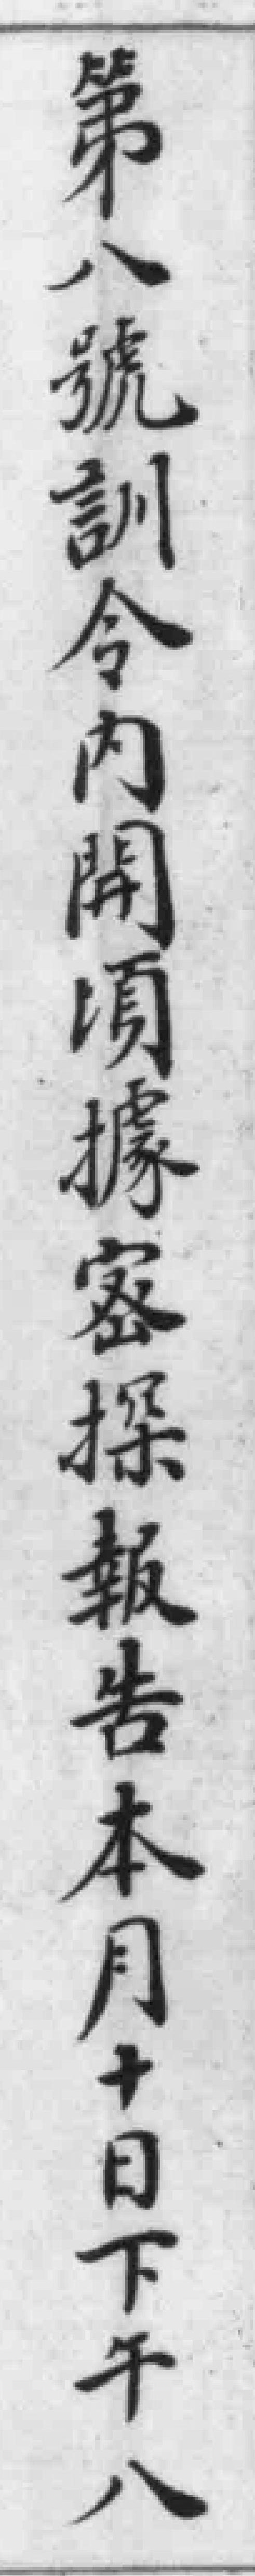
第八號訓令內開頃據密探報告本月十日下午八